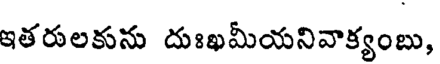
ఇతరులకును దుఃఖమీయనివాక్యంబు,